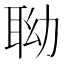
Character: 聈